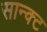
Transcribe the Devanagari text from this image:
सान्क्ट